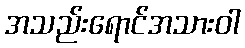
အသည်းရောင်အသားဝါ